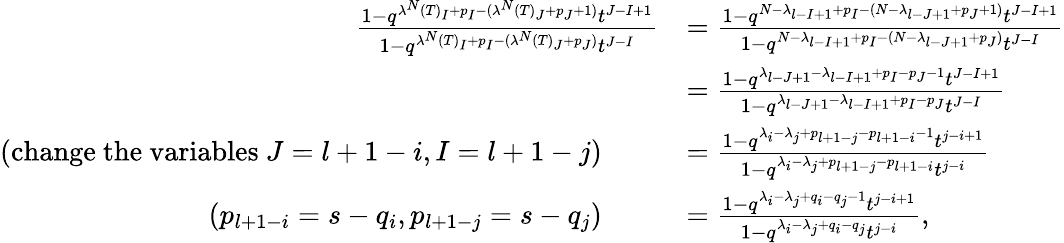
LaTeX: \begin{array}{rl}{\frac{1-q^{\lambda^{N}(T)_{I}+p_{I}-(\lambda^{N}(T)_{J}+p_{J}+1)}t^{J-I+1}}{1-q^{\lambda^{N}(T)_{I}+p_{I}-(\lambda^{N}(T)_{J}+p_{J})}t^{J-I}}}&{=\frac{1-q^{N-\lambda_{l-I+1}+p_{I}-(N-\lambda_{l-J+1}+p_{J}+1)}t^{J-I+1}}{1-q^{N-\lambda_{l-I+1}+p_{I}-(N-\lambda_{l-J+1}+p_{J})}t^{J-I}}}\\ &{=\frac{1-q^{\lambda_{l-J+1}-\lambda_{l-I+1}+p_{I}-p_{J}-1}t^{J-I+1}}{1-q^{\lambda_{l-J+1}-\lambda_{l-I+1}+p_{I}-p_{J}}t^{J-I}}}\\ {(\mathrm{change~the~variables~}J=l+1-i,I=l+1-j)\qquad}&{=\frac{1-q^{\lambda_{i}-\lambda_{j}+p_{l+1-j}-p_{l+1-i}-1}t^{j-i+1}}{1-q^{\lambda_{i}-\lambda_{j}+p_{l+1-j}-p_{l+1-i}}t^{j-i}}}\\ {(p_{l+1-i}=s-q_{i},p_{l+1-j}=s-q_{j})\qquad}&{=\frac{1-q^{\lambda_{i}-\lambda_{j}+q_{i}-q_{j}-1}t^{j-i+1}}{1-q^{\lambda_{i}-\lambda_{j}+q_{i}-q_{j}}t^{j-i}},}\end{array}